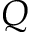
Q